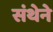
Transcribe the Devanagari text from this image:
संथेने